NAE_ERA_R-2362_Emakeele_Selts, lk 10
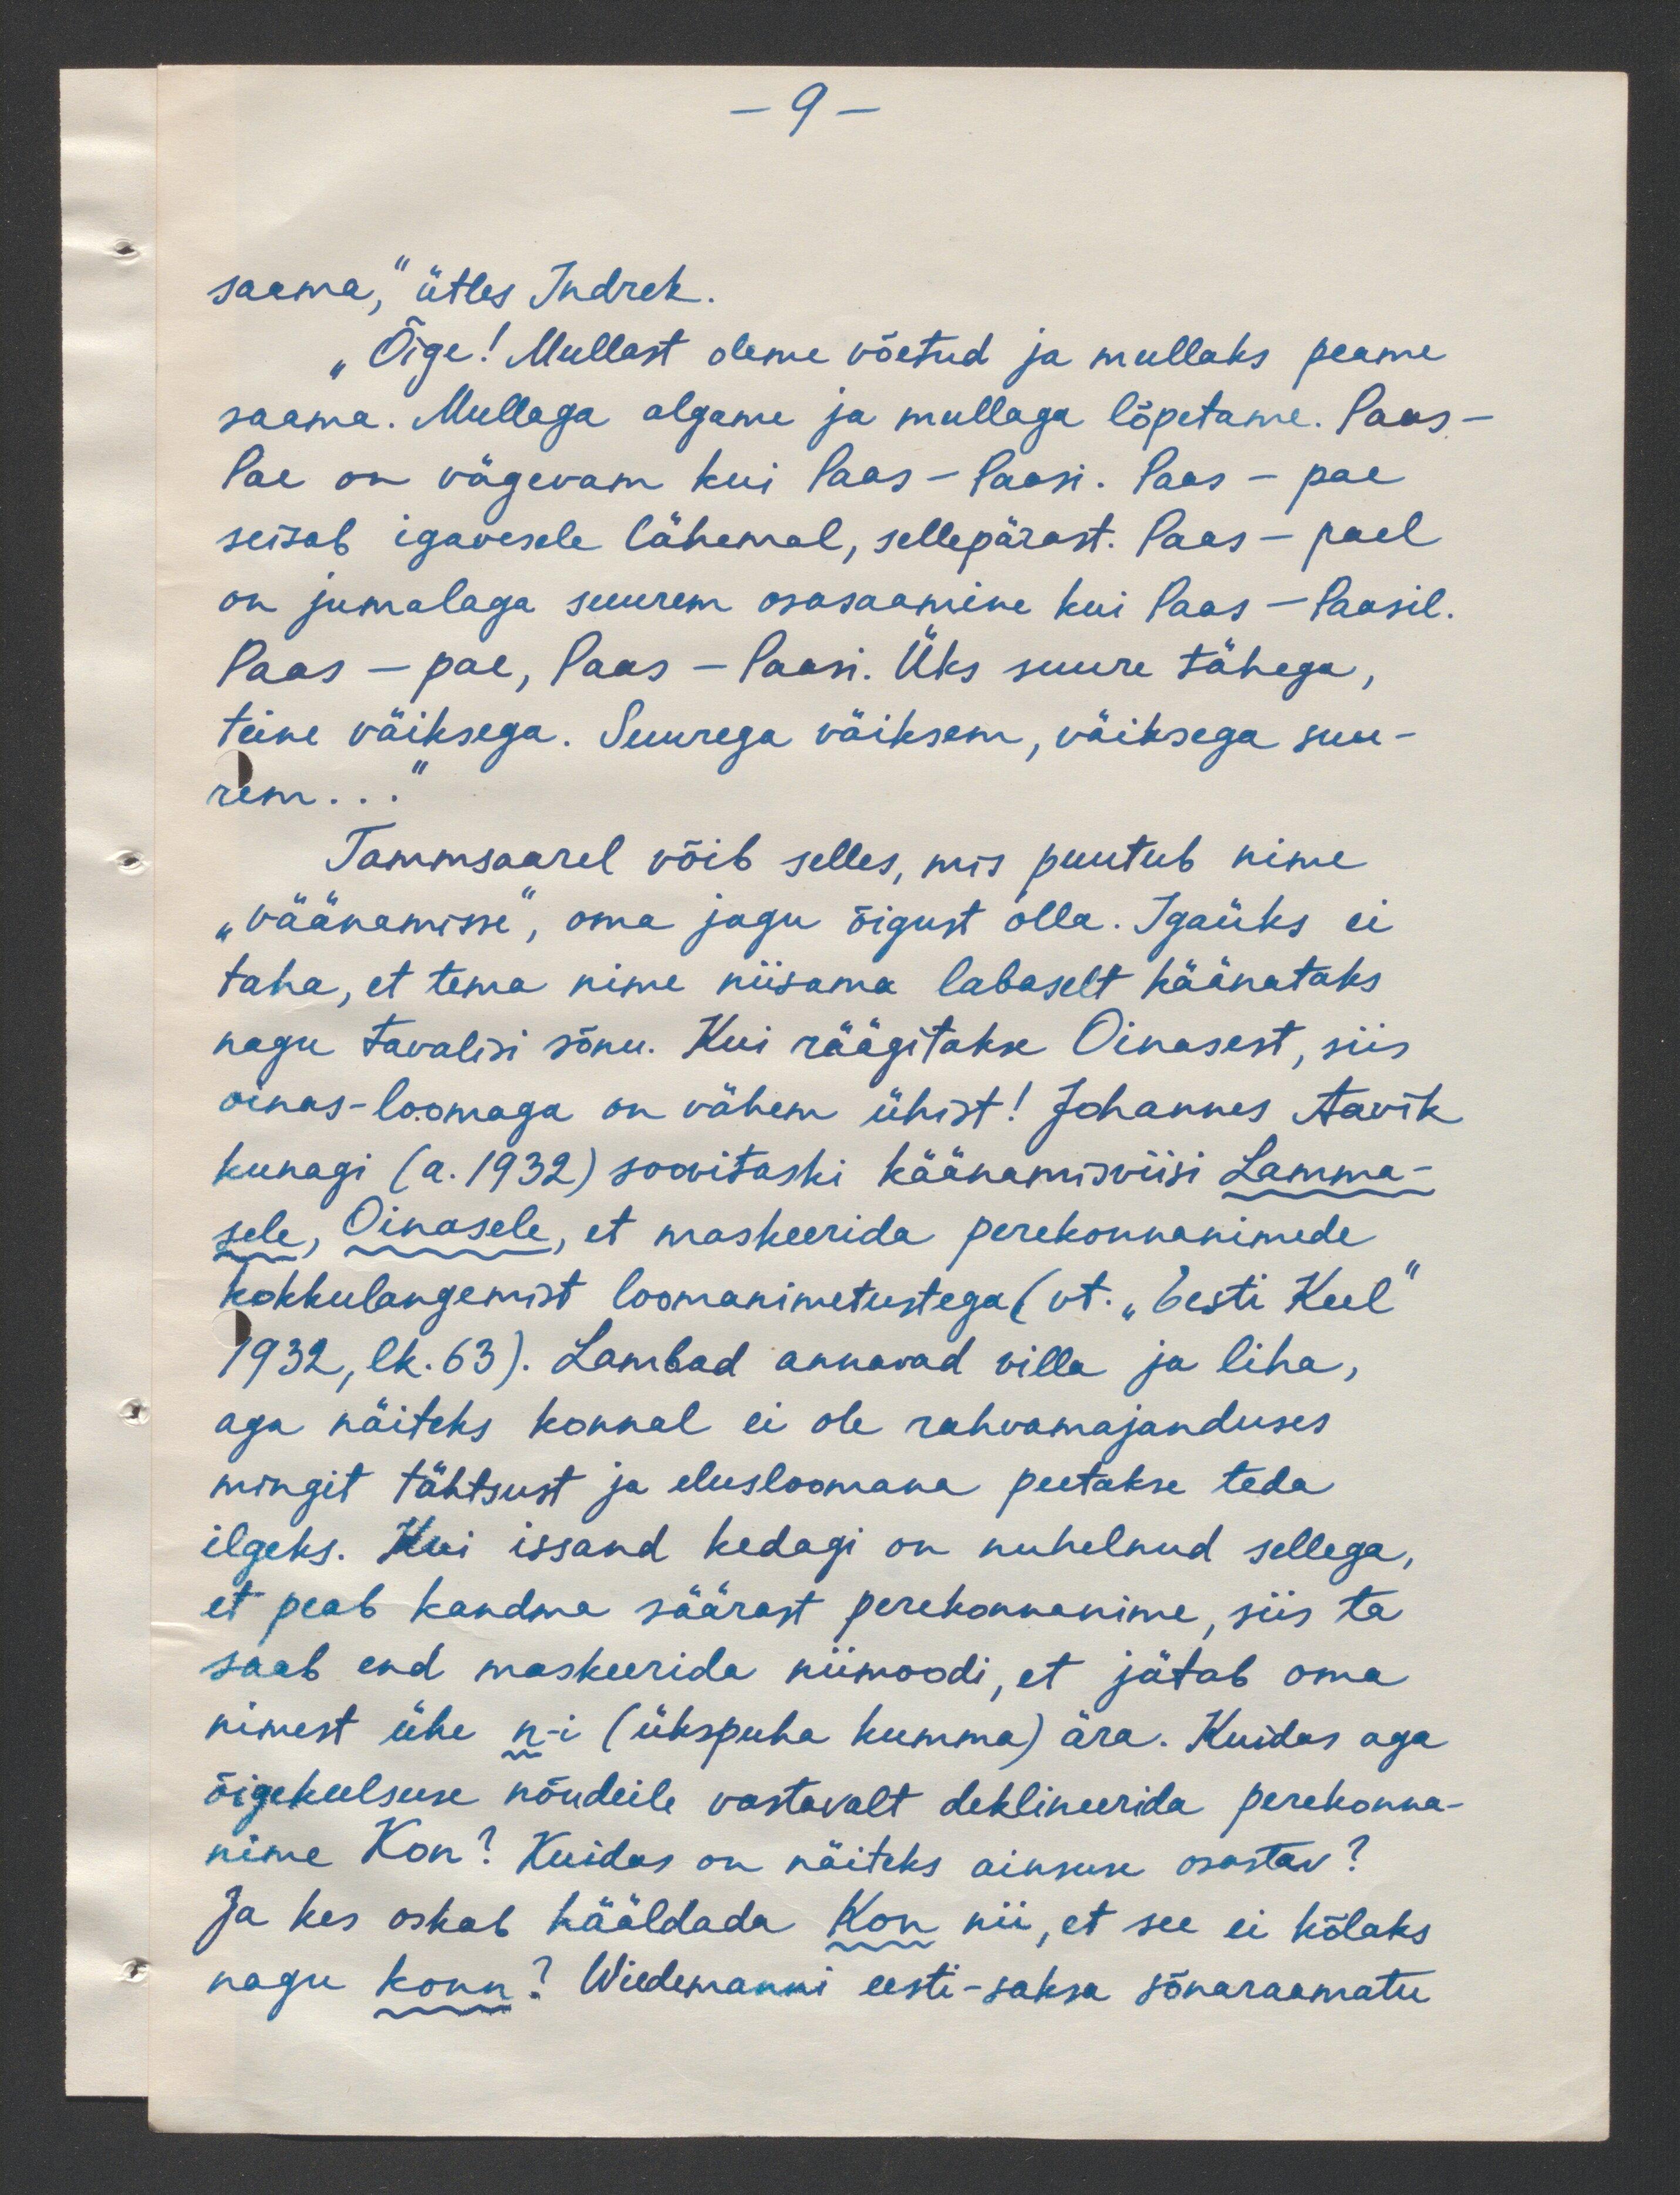
-9 -
saama," ütles Andrek.
„Õige! Mullast oleme võetud ja mullaks peame
saama. Mullaga algame ja mullaga lõpetame. Paas-
Pae on vägevam kui Paas - Paasi. Paas - pae
seisab igavesele lähemal, sellepärast. Paas - pael
on jumalaga suurem osasaamine kui Paas - Paasil.
Paas - pae, Paas - Paasi. Üks suure tähega,
teine väiksega. Suurega väiksem, väiksega suu-
rem...
Tammsaarel võib selles, mis puutub nime
"väänamisse", oma jagu õigust olla. Igaüks ei
taha, et tema nime niisama labaselt käänataks
nagu tavalisi sõnu. Kui räägitahse Oinasest, siis
oinas-loomaga on vähem ühist! Johannes Aavik
kunagi (a. 1932) soovitaski käänamisviisi Lamma-
sele, Oinasele, et maskeerida perekonnanimede
kokkulangemist loomanimetustega (vt. "Eesti Keel"
1932, lk.63). Lambad annavad villa ja liha,
aga näiteks konnal ei ole rahvamajanduses.
mingit tähtsust ja elusloomana peetakse teda
ilgeks. Kui issand kedagi on nuhelnud sellega,
et peab kandma säärast perekonnanime, siis ta
saab end maskeerida niimoodi, et jätab oma
nimest ühe n-i (ükspuha kumma) ära. Kuidas aga
õigekeelsuse nõudeile vastavalt dehlineerida perekonna-
nime Kon? Kuidas on näiteks ainsuse osastav?
Ja kes oskab hääldada Kon nii, et see ei kõlaks
nagu konn? Wiedemanni eesti-saksa sõnaraamatu